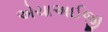
એચાઅઈજી